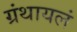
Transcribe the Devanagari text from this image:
ग्रंथायलं